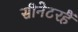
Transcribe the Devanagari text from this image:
सीनेटरहैं